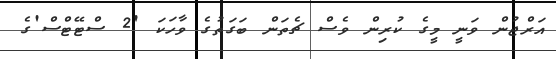
އަރްޖުން ވަނީ މީގެ ކުރިން ވެސް ޗެތަން ބަގަތުގެ ވާހަކަ '2 ސްޓޭޓްސް'ގެ